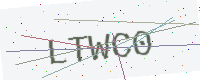
Text: LTWC0